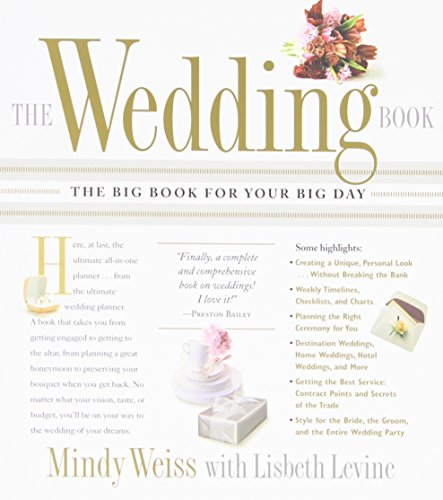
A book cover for The Wedding Book: The Big Book for Your Big Day; Mindy Weiss; Crafts, Hobbies & Home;